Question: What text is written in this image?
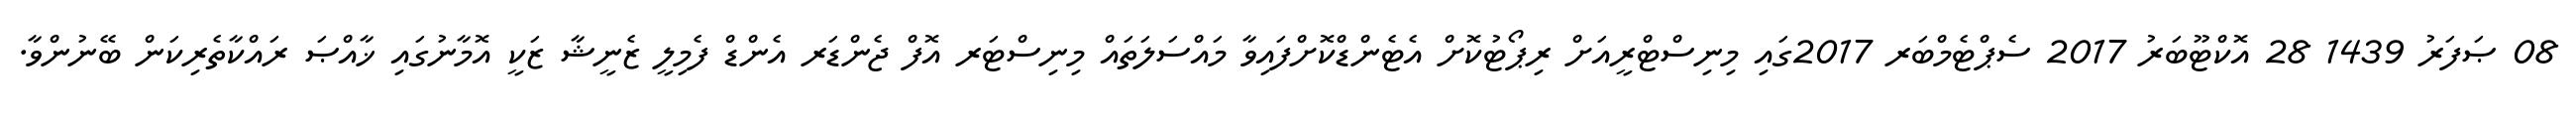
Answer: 08 ޞަފަރު 1439 28 އޮކްޓޫބަރު 2017 ސެޕްޓެމްބަރ 2017ގައި މިނިސްޓްރީއަށް ރިޕޯޓުކޮށް އެޓެންޑްކޮށްފައިވާ މައްސަލަތައް މިނިސްޓަރ އޮފް ޖެންޑަރ އެންޑް ފެމިލީ ޒެނީޝާ ޒަކީ އޮމާނުގައި ޚާއްޞަ ރައްކާތެރިކަން ބޭނުންވާ.